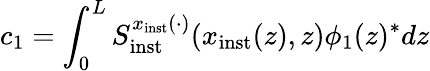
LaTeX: c_{1}=\int_{0}^{L}S_{\mathrm{inst}}^{x_{\mathrm{inst}}(\cdot)}(x_{\mathrm{inst}}(z),z)\phi_{1}(z)^{\ast}dz